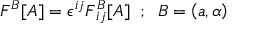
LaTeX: F ^ { B } [ A ] = \epsilon ^ { i j } F _ { \; i j } ^ { B } [ A ] \; \; ; \; \; B = \left( a , \alpha \right)